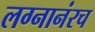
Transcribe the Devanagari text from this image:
लग्नानंरच